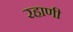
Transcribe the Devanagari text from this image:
रहाणी